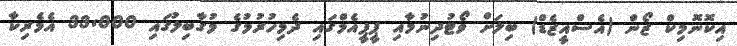
އިކޮނޮމިކް ޒޯން (އެސްއީޒެޑް) ބިލަށް ވޯޓުދިނުމާއި ޕީޕީއެމްގައި ދެމިހުރުމުގެ މުގާބިލުގައި 33